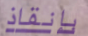
بإنقاذ